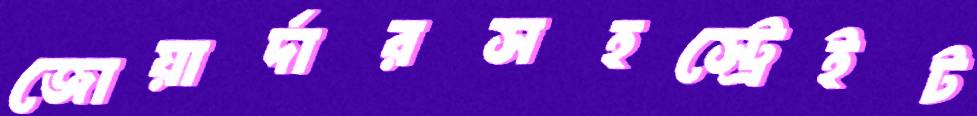
জোয়ার্দারসহস্ট্রেইট